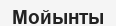
Мойынты